Report on enteric fever
Disease focus: Fever
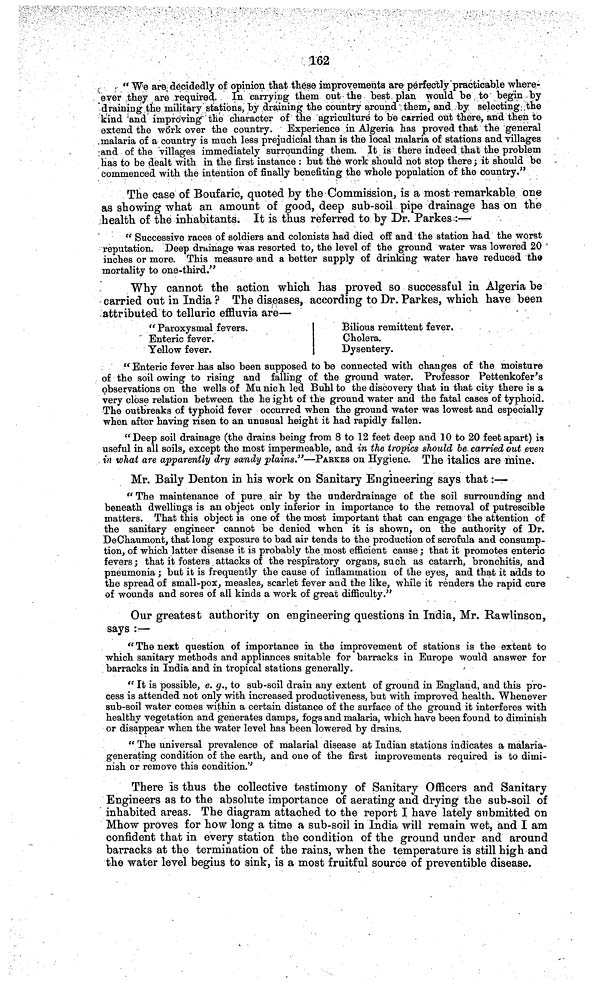
162
"We are, decidedly of opinion that these improvements are perfectly practicable where-
ever they are required. In carrying them out the best plan would be to begin by
draining the military stations, by draining the country around them, and by selecting the
kind and improving the character of the agriculture to be carried out there, and then to
extend the work over the country. Experience in Algeria has proved that the general
malaria of a country is much less prejudicial than is the local malaria of stations and villages
and of the villages immediately surrounding them. It is there indeed that the problem
has to be dealt with in the first instance : but the work should not stop there ; it should be
commenced with the intention of finally benefiting the whole population of the country."
The case of Boufaric, quoted by the Commission, is a most remarkable one
as showing what an amount of good, deep sub-soil pipe drainage has on the
health of the inhabitants. It is thus referred to by Dr. Parkes :—
"Successive races of soldiers and colonists had died off and the station had the worst
reputation. Deep drainage was resorted to, the level of the ground water was lowered 20
inches or more. This measure and a better supply of drinking water have reduced the
mortality to one-third."
Why cannot the action which has proved so successful in Algeria be
carried out in India ? The diseases, according to Dr. Parkes, which have been
attributed to telluric effluvia are—
"Paroxysmal fevers.
Enteric fever.
Yellow fever.
Bilious remittent fever.
Cholera.
Dysentery.
"Enteric fever has also been supposed to be connected with changes of the moisture
of the soil owing to rising and falling of the ground water. Professor Pettenkofer's
observations on the wells of Mu nich led Buhl to the discovery that in that city there is a
very close relation between the he ight of the ground water and the fatal cases of typhoid.
The outbreaks of typhoid fever occurred when the ground water was lowest and especially
when after having risen to an unusual height it had rapidly fallen.
"Deep soil drainage (the drains being from 8 to 12 feet deep and 10 to 20 feet apart) is
useful in all soils, except the most impermeable, and in the tropics should be carried out even
in what are apparently dry sandy plains."—PARKES on Hygiene. The italics are mine.
Mr. Baily Denton in his work on Sanitary Engineering says that:—
"The maintenance of pure air by the underdrainage of the soil surrounding and
beneath dwellings is an object only inferior in importance to the removal of putrescible
matters. That this object is one of the most important that can engage the attention of
the sanitary engineer cannot be denied when it is shown, on the authority of Dr.
DeChaumont, that long exposure to bad air tends to the production of scrofula and consump-
tion, of which latter disease it is probably the most efficient cause; that it promotes enteric
fevers; that it fosters attacks of the respiratory organs, such as catarrh, bronchitis, and
pneumonia ; but it is frequently the cause of inflammation of the eyes, and that it adds to
the spread of small-pox, measles, scarlet fever and the like, while it renders the rapid cure
of wounds and sores of all kinds a work of great difficulty."
Our greatest authority on engineering questions in India, Mr. Rawlinson,
says :—
"The next question of importance in the improvement of stations is the extent to
which sanitary methods and appliances suitable for barracks in Europe would answer for
barracks in India and in tropical stations generally.
"It is possible, e. g., to sub-soil drain any extent of ground in England, and this pro-
cess is attended not only with increased productiveness, but with improved health. Whenever
sub-soil water comes within a certain distance of the surface of the ground it interferes with
healthy vegetation and generates damps, fogs and malaria, which have been found to diminish
or disappear when the water level has been lowered by drains.
"The universal prevalence of malarial disease at Indian stations indicates a malaria-
generating condition of the earth, and one of the first improvements required is to dimi-
nish or remove this condition."
There is thus the collective testimony of Sanitary Officers and Sanitary
Engineers as to the absolute importance of aerating and drying the sub-soil of
inhabited areas. The diagram attached to the report I have lately submitted on
Mhow proves for bow long a time a sub-soil in India will remain wet, and I am
confident that in every station the condition of the ground under and around
barracks at the termination of the rains, when the temperature is still high and
the water level begius to sink, is a most fruitful source of preventible disease.